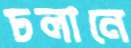
ঢলানে